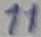
Text: 11